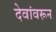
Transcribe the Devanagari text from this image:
देवांवरून